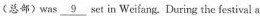
(总部)was _9 set in Weifang. During the festival a